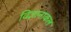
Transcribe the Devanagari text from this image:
विज्ञानाकल